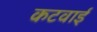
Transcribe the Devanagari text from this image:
कटवाई